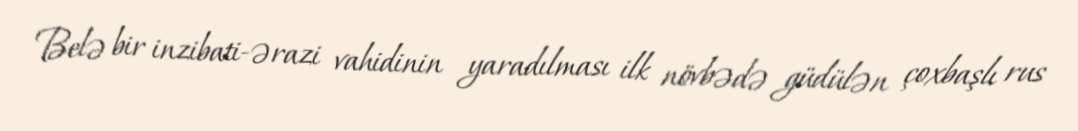
Belə bir inzibati-ərazi vahidinin yaradılması ilk növbədə güdülən çoxbaşlı rus